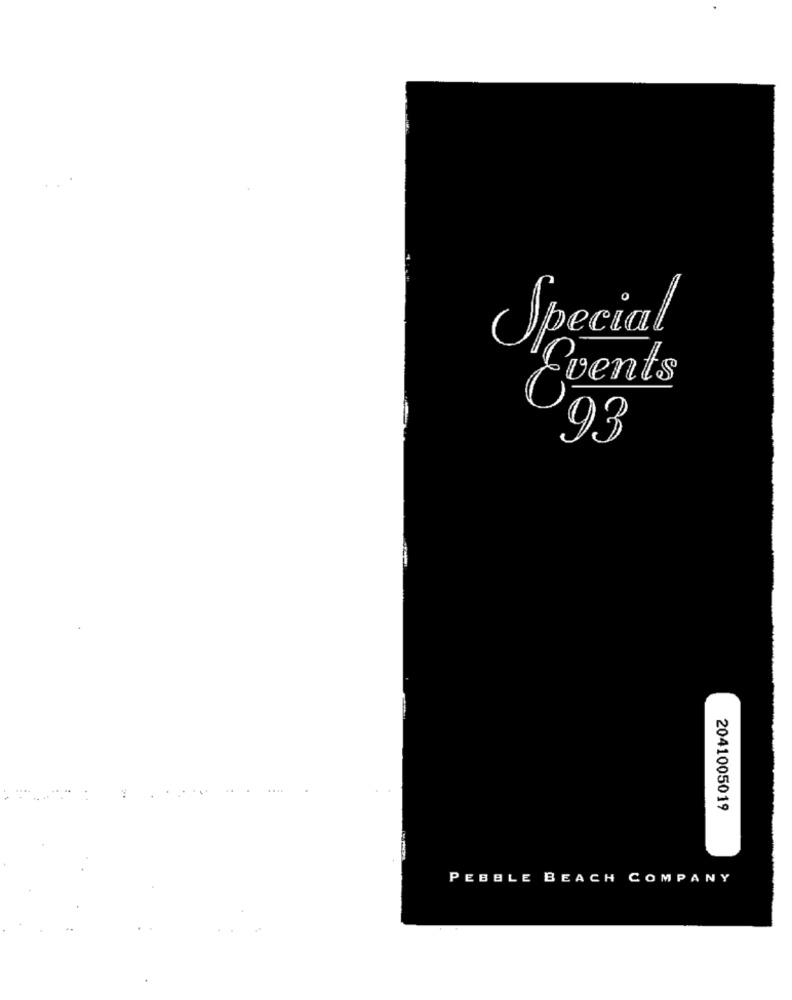
Special
Events
93
2041005019
PEBBLE
BEACH COMPANY